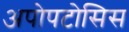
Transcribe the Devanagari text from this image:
अपोपटोसिस